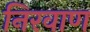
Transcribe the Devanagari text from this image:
निरवाण